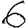
Digit: 6